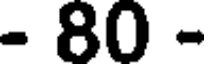
- 80 -